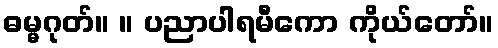
ဓမ္မဂုတ်။ ။ ပညာပါရမီကော ကိုယ်တော်။